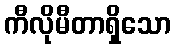
ကီလိုမီတာရှိသော